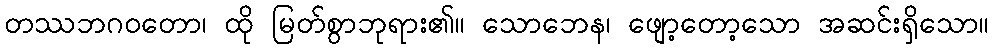
တဿဘဂဝတော၊ ထို မြတ်စွာဘုရား၏။ သောဘေန၊ ဖျော့တော့သော အဆင်းရှိသော။